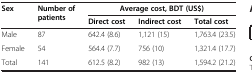
| <ROWSPAN=2> Sex | <ROWSPAN=2> Number of patients | <COLSPAN=3> Average cost, BDT (US$) |
 | Direct cost | Indirect cost | Total cost |
 | --- | --- | --- | --- | --- |
 | Male | 87 | 642.4 (8.6) | 1,121 (15) | 1,763.4 (23.5) |
 | Female | 54 | 564.4 (7.7) | 756 (10) | 1,321.4 (17.7) |
 | Total | 141 | 612.5 (8.2) | 982 (13) | 1,594.2 (21.2) |